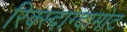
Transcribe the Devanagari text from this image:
रिक्स्दाग्दामोट